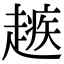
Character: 𧽑